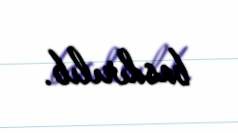
basdırılıb.